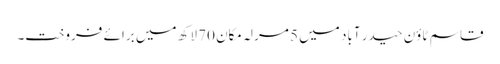
قاسم ٹاؤن حیدر آباد میں 5 مرلہ مکان 70 لاکھ میں برائے فروخت۔